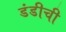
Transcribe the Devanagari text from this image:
डंडीची